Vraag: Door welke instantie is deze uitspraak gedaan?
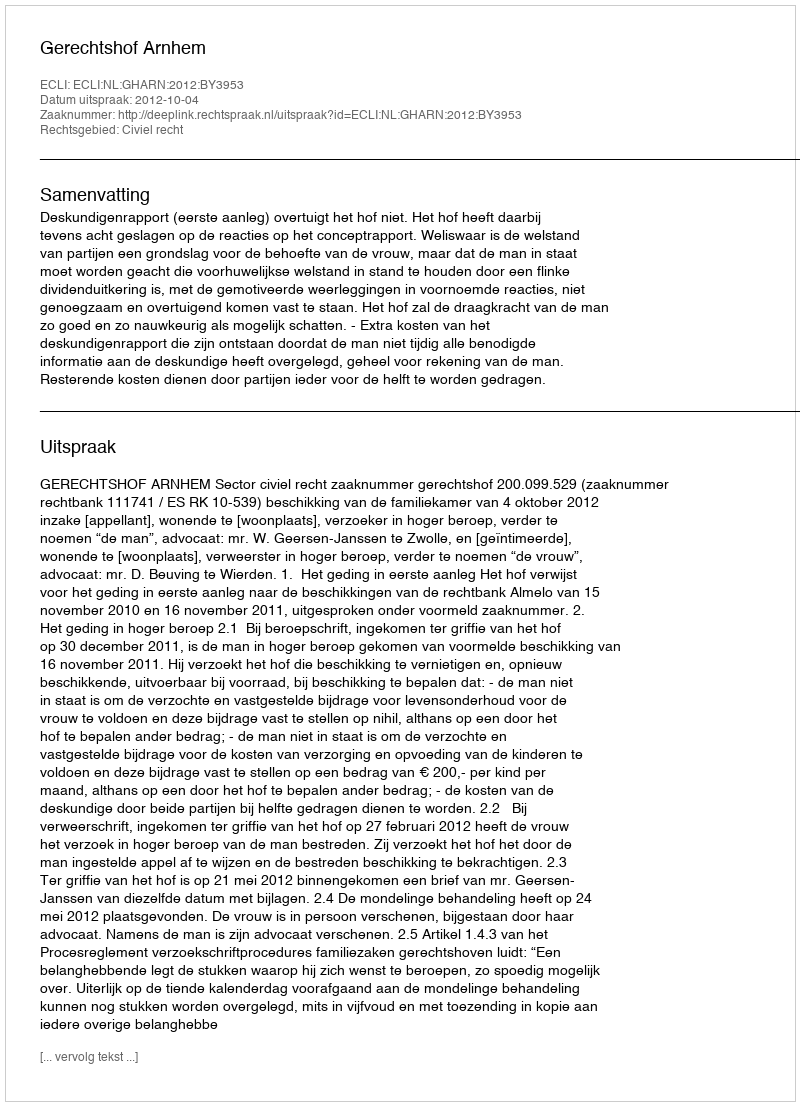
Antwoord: Gerechtshof Arnhem